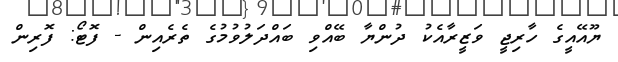
ޔޫއޭއީގެ ހާރިޖީ ވަޒީރާއެކު ދުންޔާ ބޭއްވި ބައްދަލުވުމުގެ ތެރެއިން - ފޮޓޯ: ފޮރިން